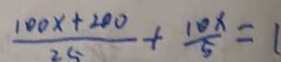
\frac { 1 0 0 x + 2 0 0 } { 2 5 } + \frac { 1 0 x } { 5 } = 1